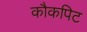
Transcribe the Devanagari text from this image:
कौकपिट